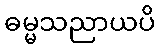
ဓမ္မသညာယပိ